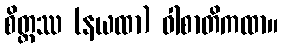
စိတ္တဿ (နယထာ) ဝါစာတိကထာ။